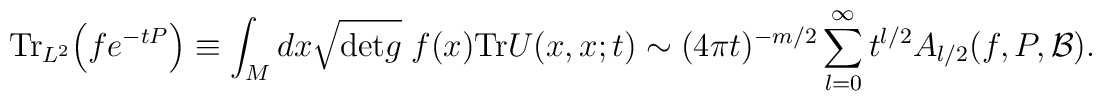
{\rm {Tr}}_{L^{2}}\Bigr(f e^{-tP} \Bigr)  \equiv \int_{M}dx \sqrt{{\rm {det}}g} \; f(x){\rm {Tr}} U(x,x;t) \sim (4\pi t)^{-m/2} \sum_{l=0}^{\infty}t^{l/2}A_{l/2}(f,P,{\cal B}).